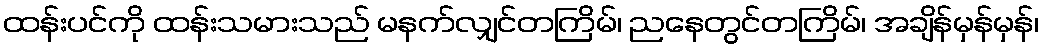
ထန်းပင်ကို ထန်းသမားသည် မနက်လျှင်တကြိမ်၊ ညနေတွင်တကြိမ်၊ အချိန်မှန်မှန်၊